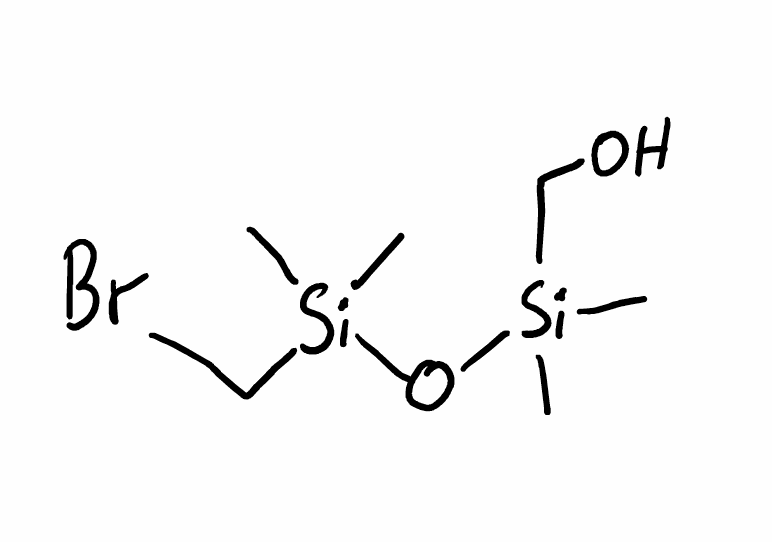
Simplified molecular-input line-entry system (SMILES) notation of the given molecule:
C[Si](C)(CO)O[Si](C)(C)CBr